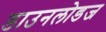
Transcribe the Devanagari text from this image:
डाउनलोडज